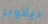
ديلاوير